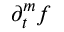
\partial _ { t } ^ { m } f